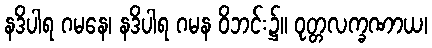
နဒိပါရ ဂမနေ၊ နဒိပါရ ဂမန ဝိဘင်း၌။ ဝုတ္တလက္ခဏာယ၊